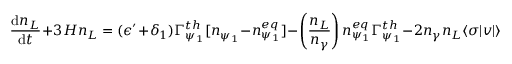
\frac { \mathrm { d } n _ { L } } { \mathrm { d } t } + 3 H n _ { L } = ( \epsilon ^ { \prime } + \delta _ { 1 } ) \Gamma _ { \psi _ { 1 } } ^ { t h } [ n _ { \psi _ { 1 } } - n _ { \psi _ { 1 } } ^ { e q } ] - \left( \frac { n _ { L } } { n _ { \gamma } } \right) n _ { \psi _ { 1 } } ^ { e q } \Gamma _ { \psi _ { 1 } } ^ { t h } - 2 n _ { \gamma } n _ { L } \langle \sigma | v | \rangle